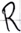
Text: R